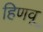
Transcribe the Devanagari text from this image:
हिणवू